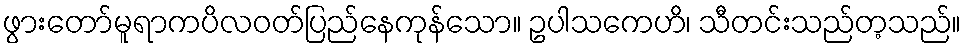
ဖွားတော်မူရာကပိလဝတ်ပြည်နေကုန်သော။ ဥပါသကေဟိ၊ သီတင်းသည်တ့သည်။